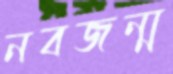
নবজন্ম